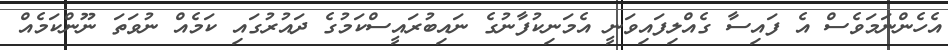
އެހެންނަމަވެސް އެ ފައިސާ ގެއްލިފައިވަނީ އެމަނިކުފާނުގެ ނައިބުރައީސްކަމުގެ ދައުރުގައި ކަމެއް ނުވަތަ ނޫންކަމެއް